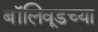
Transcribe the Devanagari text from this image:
बॉलिवूडच्या